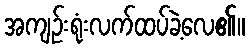
အကျဉ်းရုံးလက်ထပ်ခဲ့လေ၏။